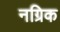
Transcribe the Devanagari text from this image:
नग्रिक